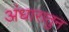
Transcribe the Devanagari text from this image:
अंधारातुन